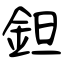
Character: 鉭